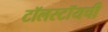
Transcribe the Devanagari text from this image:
टॉलस्टॉयची